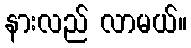
နားလည် လာမယ်။